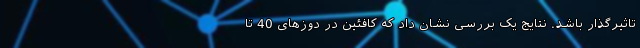
تاثیرگذار باشد. نتایج یک بررسی نشان داد که کافئین در دوزهای 40 تا